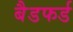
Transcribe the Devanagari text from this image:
बैडफर्ड